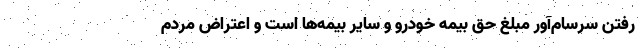
رفتن سرسام‌آور مبلغ حق بيمه خودرو و ساير بيمه‌ها است و اعتراض مردم